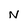
Character: N